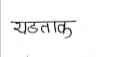
मजकूर: यडताक